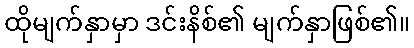
ထိုမျက်နှာမှာ ဒင်းနိစ်၏ မျက်နှာဖြစ်၏။